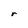
Character: r